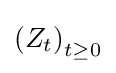
\left(Z_{t}\right)_{t\geq 0}